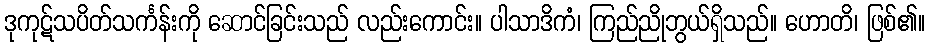
ဒုကုဋ်သပိတ်သင်္ကန်းကို ဆောင်ခြင်းသည် လည်းကောင်း။ ပါသာဒိကံ၊ ကြည်ညိုဘွယ်ရှိသည်။ ဟောတိ၊ ဖြစ်၏။